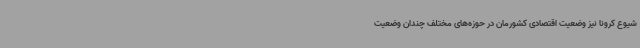
شیوع کرونا نیز وضعیت اقتصادی کشورمان در حوزه‌های مختلف چندان وضعیت